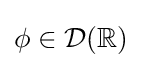
\phi \in {\mathcal {D}}(\mathbb {R} )